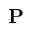
{ \bf P }